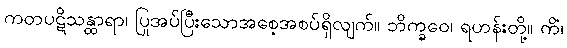
ကတပဋိသန္ထာရာ၊ ပြုအပ်ပြီးသောအစေ့အစပ်ရှိလျက်။ ဘိက္ခဝေ၊ ရဟန်းတို့။ ကိံ၊